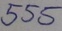
Text: 555